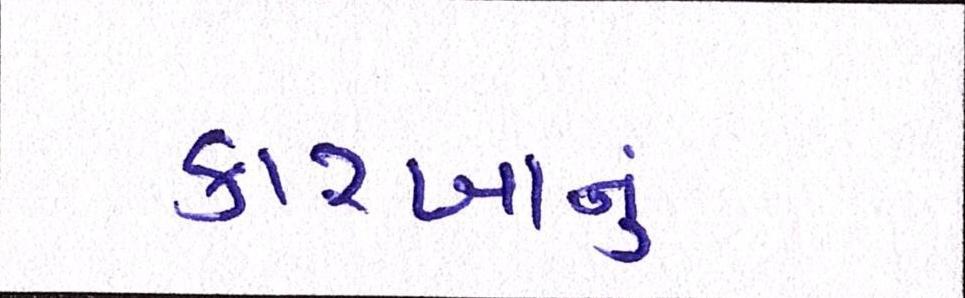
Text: કારખાનું